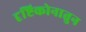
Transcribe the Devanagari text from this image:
दृष्टिकोनातुन